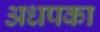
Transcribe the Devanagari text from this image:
अधपका